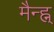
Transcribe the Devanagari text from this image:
मैन्ह्न्